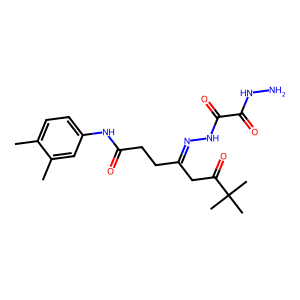
SMILES: Cc1ccc(NC(=O)CCC(CC(=O)C(C)(C)C)=NNC(=O)C(=O)NN)cc1C
Inhibits HIV replication: No